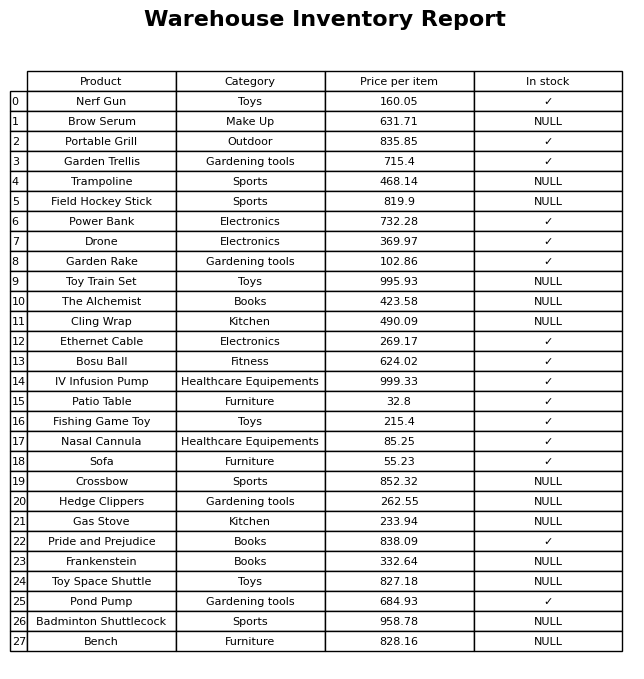
question: What is the price for Crossbow?
answer: The price of Crossbow is 852.32.